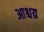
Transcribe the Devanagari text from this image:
आश्चय्र